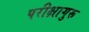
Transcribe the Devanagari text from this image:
परीक्षागुरू